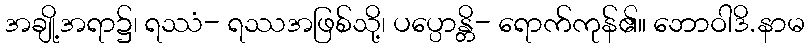
အချို့အရာ၌၊ ရဿံ- ရဿအဖြစ်သို့၊ ပပ္ပောန္တိ- ရောက်ကုန်၏။ ဘောဝါဒိ.နာမ